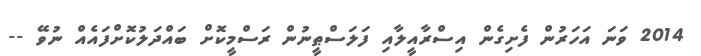
2014 ވަނަ އަހަރުން ފެށިގެން އިސްރާއީލާއި ފަލަސްޠީނުން ރަސްމީކޮށް ބައްދަލުކޮށްފައެއް ނުވޭ --